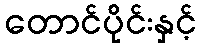
တောင်ပိုင်းနှင့်